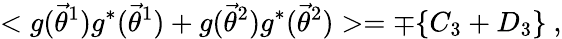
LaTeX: <g({\vec{\theta}}^{1})g^{*}({\vec{\theta}}^{1})+g({\vec{\theta}}^{2})g^{*}({\vec{\theta}}^{2})>=\mp\{ C_{3}+D_{3}\} \ ,